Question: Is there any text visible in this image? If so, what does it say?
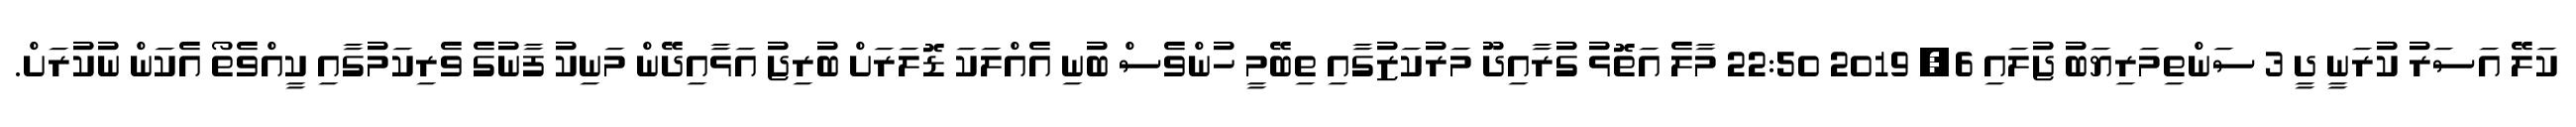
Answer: ކަލޭ އަސަރު ކުރަނީ ދީ 3 ސަންތިމަރިޔަބު ޖުލައި 6, 2019 22:50 މާލެ އަތޮޅު ގުރާއިދޫ މަރުކަޒުގާއި ތިބޭމީ ހުންވެސް ބުނި އެއްލަކަ ޑޮލަރަށް ބުރިޖު އަޅާއިދޭން މަނިކު ފާނުގެ ވެރިކަމުގާއި ކީއްވެތޯ އެކަން ނުކުރަށް.